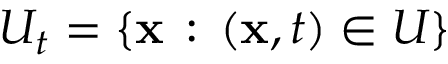
U _ { t } = \{ \mathbf { x } \, : \, ( \mathbf { x } , t ) \in U \}